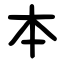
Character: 本